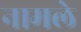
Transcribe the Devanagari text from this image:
नामले